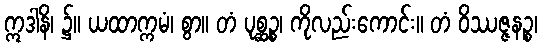
ဣဒါနိ၊ ၌။ ယထာက္ကမံ၊ စွာ။ တံ ပုစ္ဆဉ္စ၊ ကိုလည်းကောင်း။ တံ ဝိဿဇ္ဇနဉ္စ၊